Report on the working of the mental hospitals for Indians in Bihar and Orissa - 1925-1929
Year: 1925
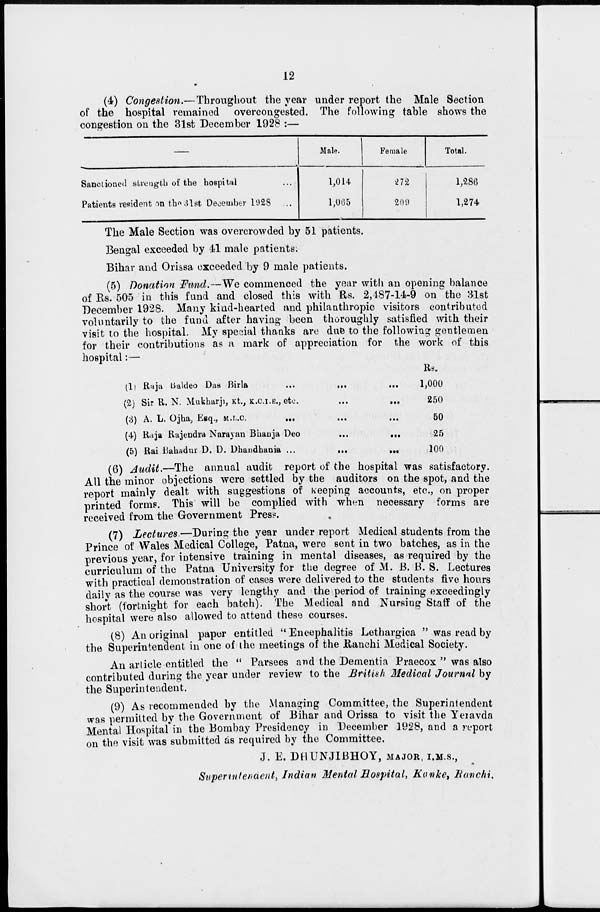
(4) Congestion.—Throughout
the year under report the Male Section
of the hospital remained overcongested. The following table shows the
congestion on the 31st December 1928 :—
Sanctioned strength of the hospital ...
Patients resident on the 31st December 1928 ...
Male.
1,014
1,065
Female.
272
209
Total.
1,286
1,274
The Male Section was overcrowded by 51 patients.
Bengal exceeded by 41 male patients.
Bihar and Orissa exceeded by 9 male patients.
(5) Donation Fund.—We commenced the year with an opening balance
of Rs. 505 in this fund and closed this with Rs. 2,487-14-9 on the 31st
December 1928. Many kind-hearted and philanthropic visitors contributed
voluntarily to the fund after having been thoroughly satisfied with their
visit to the hospital. My special thanks are due to the following gentlemen
for their contributions as a mark of appreciation for the work of this
hospital:—
(1) Raja Baldeo Das Birla
...
...
...
(2) Sir R. N. Mukharji, Kt., K.C.I.E., etc.
...
...
(3) A. L. Ojha, Esq., M.L.C. ... ... ... ...
(4) Raja Rajendra Narayan Bhauja Deo
...
...
(5) Rai Bahadur D. D. Dhandhania ...
...
...
Rs.
1,000
250
50
25
100
(6) Audit.—The
annual audit report of the hospital was satisfactory.
All the minor objections were settled by the auditors on the spot, and the
report mainly dealt with suggestions of keeping accounts, etc., on proper
printed forms. This will be complied with when necessary forms are
received from the Government Press.
(7) Lectures—During the year under report Medical students from the
Prince of Wales Medical College, Patna, were sent in two batches, as in the
previous year, for intensive training in mental diseases, as required by the
curriculum of the Patna University for the degree of M. B. B. S. Lectures
with practical demonstration of cases were delivered to the students five hours
daily as the course was very lengthy and the period of training exceedingly
short (fortnight for each batch). The Medical and Nursing Staff of the
hospital were also allowed to attend these courses.
(8) An original paper entitled " Encephalitis Lethargica " was read by
the Superintendent in one of the meetings of the Ranchi Medical Society.
An article entitled the " Parsees and the Dementia Praecox " was also
contributed during the year under review to the British Medical Journal by
the Superintendent.
(9) As recommended by the Managing Committee, the Superintendent
was permitted by the Government of Bihar and Orissa to visit the Yeravda
Mental Hospital in the Bombay Presidency in December 1928, and a report
on the visit was submitted as required by the Committee.
J. E. DHUNJIBHOY, MAJOR, I.M.S.,
Superintendent, Indian Mental Hospital, Konke, Ranchi.